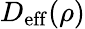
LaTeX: D_{\mathrm{eff}}(\rho)